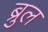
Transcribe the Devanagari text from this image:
ब्रुल